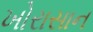
ખોરાસાન